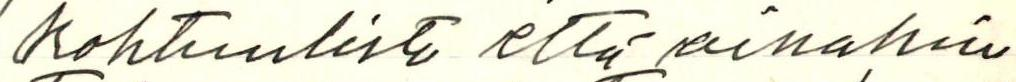
kohtuulisti että ainakin